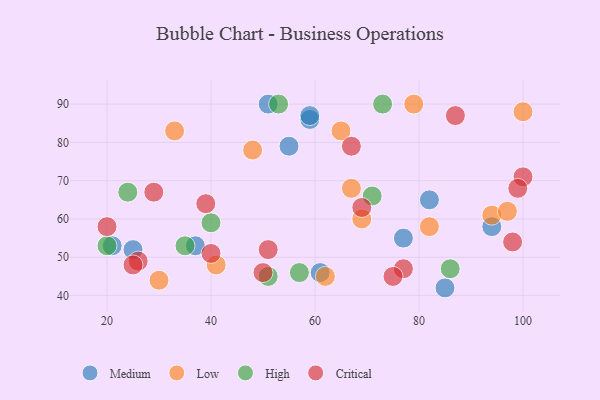
{"axis": {"x": "GDP", "y": "Life Expectancy"}, "legend": ["Critical", "High", "Low", "Medium"], "data": [{"x": "85", "y": 42, "type": "Medium"}, {"x": "59", "y": 86, "type": "Medium"}, {"x": "82", "y": 65, "type": "Medium"}, {"x": "59", "y": 87, "type": "Medium"}, {"x": "51", "y": 90, "type": "Medium"}, {"x": "37", "y": 53, "type": "Medium"}, {"x": "77", "y": 55, "type": "Medium"}, {"x": "55", "y": 79, "type": "Medium"}, {"x": "94", "y": 58, "type": "Medium"}, {"x": "61", "y": 46, "type": "Medium"}, {"x": "25", "y": 52, "type": "Medium"}, {"x": "21", "y": 53, "type": "Medium"}, {"x": "62", "y": 45, "type": "Low"}, {"x": "79", "y": 90, "type": "Low"}, {"x": "94", "y": 61, "type": "Low"}, {"x": "67", "y": 68, "type": "Low"}, {"x": "30", "y": 44, "type": "Low"}, {"x": "97", "y": 62, "type": "Low"}, {"x": "48", "y": 78, "type": "Low"}, {"x": "33", "y": 83, "type": "Low"}, {"x": "69", "y": 60, "type": "Low"}, {"x": "100", "y": 88, "type": "Low"}, {"x": "41", "y": 48, "type": "Low"}, {"x": "65", "y": 83, "type": "Low"}, {"x": "82", "y": 58, "type": "Low"}, {"x": "71", "y": 66, "type": "High"}, {"x": "20", "y": 53, "type": "High"}, {"x": "51", "y": 45, "type": "High"}, {"x": "57", "y": 46, "type": "High"}, {"x": "24", "y": 67, "type": "High"}, {"x": "53", "y": 90, "type": "High"}, {"x": "40", "y": 59, "type": "High"}, {"x": "35", "y": 53, "type": "High"}, {"x": "73", "y": 90, "type": "High"}, {"x": "86", "y": 47, "type": "High"}, {"x": "100", "y": 71, "type": "Critical"}, {"x": "50", "y": 46, "type": "Critical"}, {"x": "69", "y": 63, "type": "Critical"}, {"x": "26", "y": 49, "type": "Critical"}, {"x": "77", "y": 47, "type": "Critical"}, {"x": "29", "y": 67, "type": "Critical"}, {"x": "99", "y": 68, "type": "Critical"}, {"x": "75", "y": 45, "type": "Critical"}, {"x": "51", "y": 52, "type": "Critical"}, {"x": "39", "y": 64, "type": "Critical"}, {"x": "25", "y": 48, "type": "Critical"}, {"x": "87", "y": 87, "type": "Critical"}, {"x": "98", "y": 54, "type": "Critical"}, {"x": "67", "y": 79, "type": "Critical"}, {"x": "20", "y": 58, "type": "Critical"}, {"x": "40", "y": 51, "type": "Critical"}]}